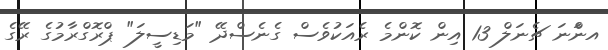
އނަްނަ ޗެނަލް 13 އިން ކޮންމެ ރެއަކުވެސް ގެނެސްދޭ "މަޑިސީލަ" ޕްރޮގްރާމުގެ ރޭގެ